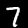
Label: 7